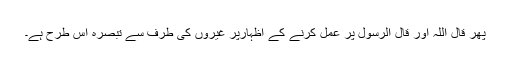
پھر قال اللہ اور قال الرسول پر عمل کرنے کے اظہارپر غیروں کی طرف سے تبصرہ اس طرح ہے۔